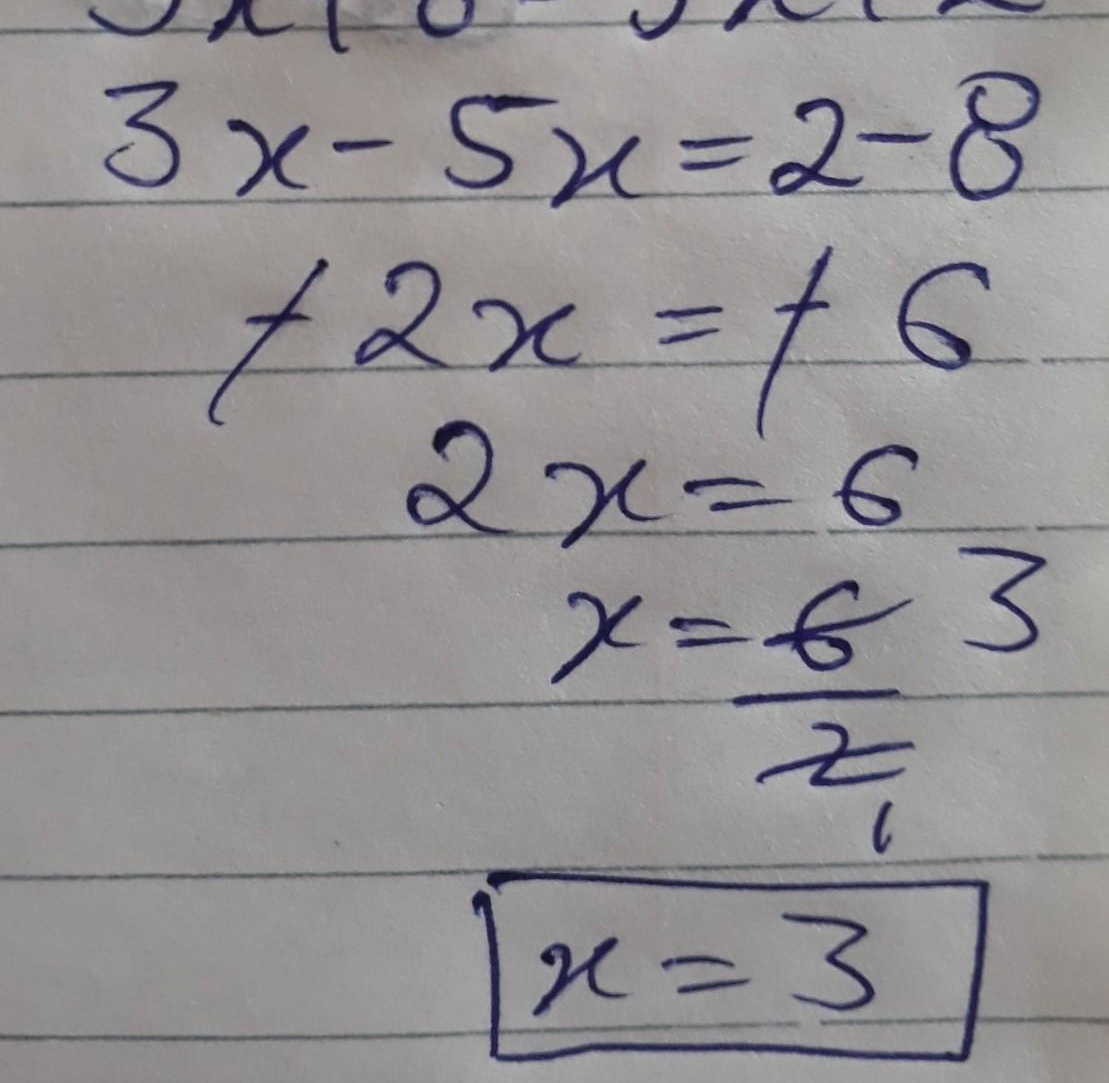
\[
\begin{align*}
3x - 5x&=2 - 8\\
- 2x&=- 6\\
2x&=6\\
x&=\frac{6}{2}\\
x&=3
\end{align*}
\]